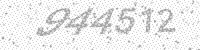
Solution: 944512